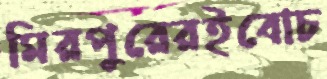
মিরপুরেরইবোচ